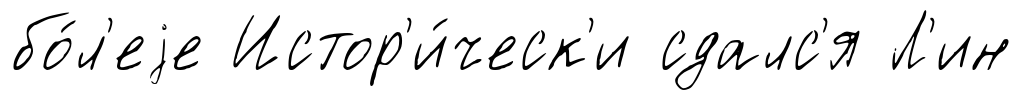
бо́л'еjе Истор'и́ческ'и сдалс'я Л'ин